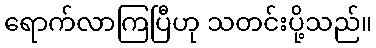
ရောက်လာကြပြီဟု သတင်းပို့သည်။